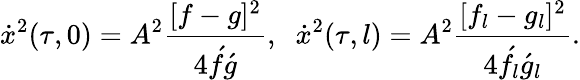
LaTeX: \dot{x}^{2}(\tau,0)=A^{2}\frac{[f-g]^{2}}{4\acute{f}\acute{g}},\; \; \dot{x}^{2}(\tau,l)=A^{2}\frac{[f_{l}-g_{l}]^{2}}{4\acute{f}_{l}\acute{g}_{l}}.